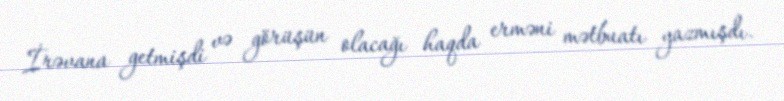
İrəvana getmişdi və görüşün olacağı haqda erməni mətbuatı yazmışdı.